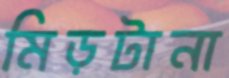
মিড়টানা